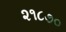
૨૧૮૭૦